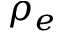
\rho _ { e }